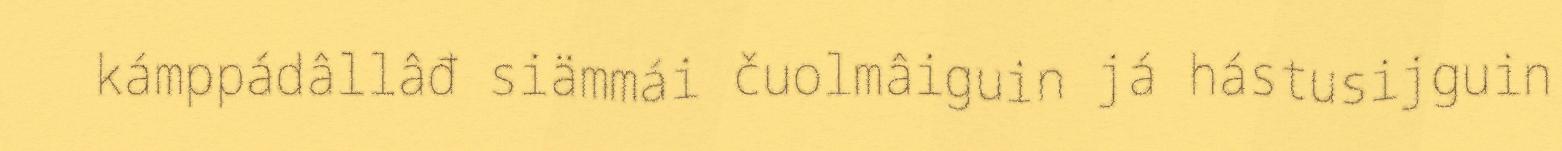
kámppádâllâđ siämmái čuolmâiguin já hástusijguin